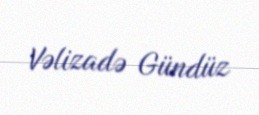
Vəlizadə Gündüz